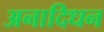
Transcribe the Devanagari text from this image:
अनादिधन